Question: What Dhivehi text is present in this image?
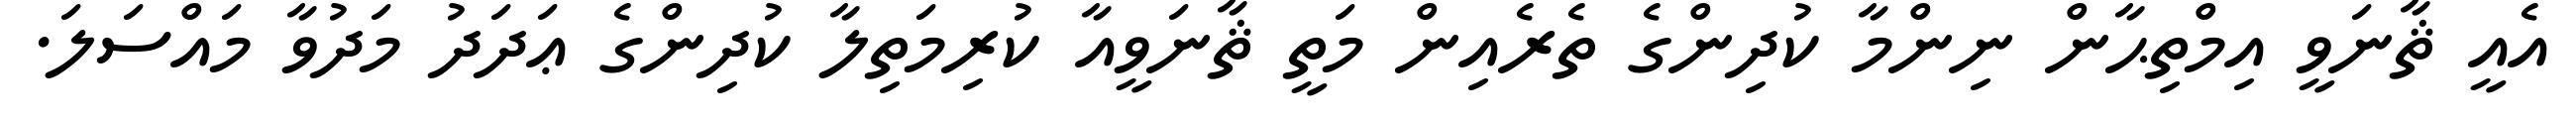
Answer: އެއީ ޘާނަވީ އިމްތިޙާން ނިންމާ ކުދިންގެ ތެރެއިން މަތީ ޘާނަވީއާ ކުރިމަތިލާ ކުދިންގެ ޢަދަދު މަދުވާ މައްސަލަ.